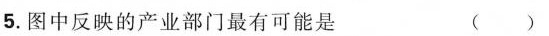
5.图中反映的产业部门最有可能是 ()